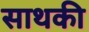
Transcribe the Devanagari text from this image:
साथकी